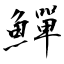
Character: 鱓